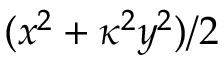
( x ^ { 2 } + \kappa ^ { 2 } y ^ { 2 } ) / 2